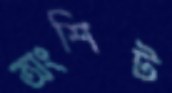
অংশিট